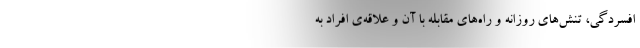
افسردگی، تنش‌های روزانه و راه‌های مقابله با آن و علاقه‌ی افراد به